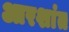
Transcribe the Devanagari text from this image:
आरशांत